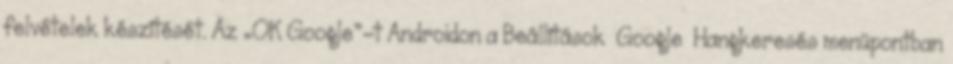
felvételek készítését. Az „OK Google”-t Androidon a Beállítások Google Hangkeresés menüpontban